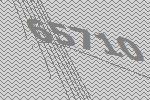
65710